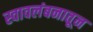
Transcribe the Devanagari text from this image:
स्वावलंबनातून